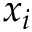
x _ { i }